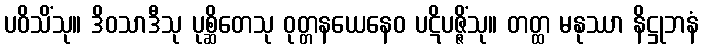
ပဝိသိံသု။ ဒိဝသာဒီသု ပုစ္ဆိတေသု ဝုတ္တနယေနေဝ ပဋိပဇ္ဇိံသု။ တတ္ထ မနုဿာ နိဋ္ဌုဘနံ